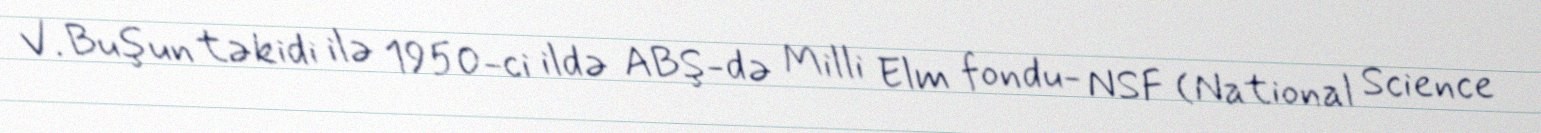
V. Buşun təkidi ilə 1950-ci ildə ABŞ-də Milli Elm fondu- NSF (National Science